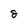
Character: 8